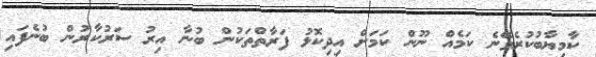
ކާމިޔާބުކުރެވޭނެ ކަމެއް ނޫން ކަމަށް އިދިކޮޅު ފަރާތްތަކުން ބުނާ އިރު ސަރުކާރުން ބުނެފައި